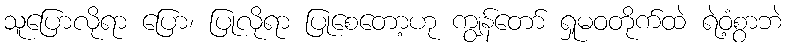
သူပြောလိုရာ ပြော၊ ပြုလိုရာ ပြုစေတော့ဟု ကျွန်တော် ရှုမဝတိုက်ထဲ ရဲဝံ့စွာဘဲ